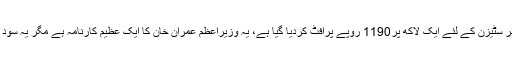
سینئر سٹیزن کے لئے ایک لاکھ پر1190 روپے پرافٹ کردیا گیا ہے، یہ وزیراعظم عمران خان کا ایک عظیم کارنامہ ہے مگر یہ سود ہے۔